Leaving Certificate Examination (including Day School Certificate (Higher) General paper), 1927
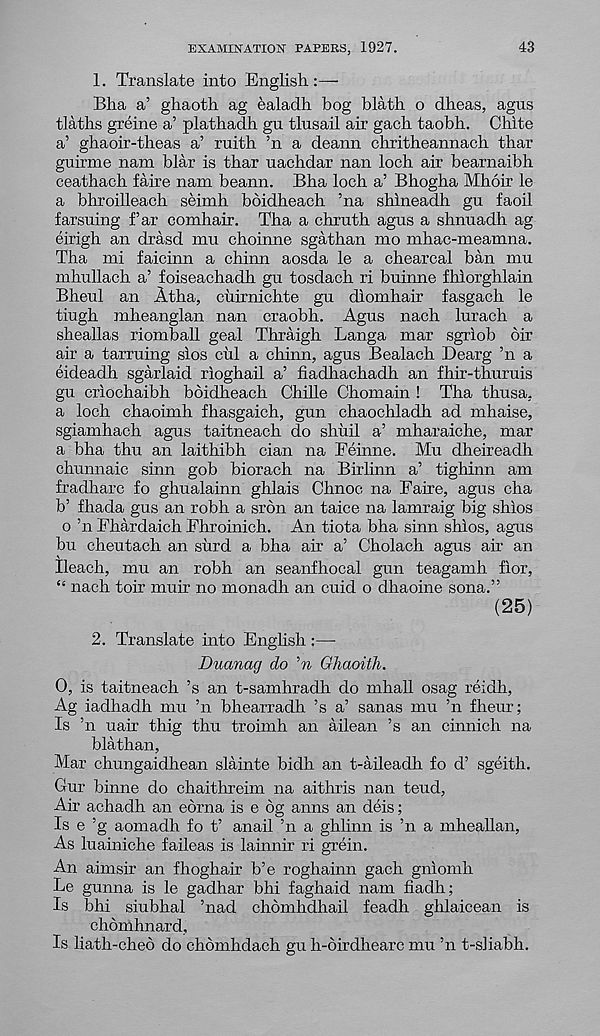
EXAMINATION PAPERS, 1927.
43
1. Translate into English:—
Bha a’ ghaoth ag ealadh bog blath o dheas, agus
tlaths greine a’ plathadh gu tlusail air gach taobh. Chite
a’ ghaoir-theas a’ ruith ’n a deann chritheannach tbar
guirme nam blar is thar uachdar nan loch air bearnaibh
ceathach faire nam beann. Bha loch a’ Bhogha Mhoir le
a bhroilleach seimh boidheach ’na shlneadh gu faoil
farsuing far comhair. Tha a chruth agus a shnuadh ag
eirigh an drasd mu choinne sgathan mo mhac-meamna.
Tha mi faicinn a chirm aosda le a chearcal ban mu
mhullach a’ foiseachadh gu tosdach ri buinne fhlorghlain
Bheul an Atha, ciiirnichte gu diomhair fasgach le
tiugh mheanglan nan craobh. Agus nach lurach a
sheallas riomball geal Thraigh Langa mar sgriob oir
air a tarruing sios cul a chinn, agus Bealach Dearg ’n a
eideadh sgarlaid rioghail a’ hadhachadh an fhir-thuruis
gu criochaibh bbidheach Cbille Chomain ! Tha thusa.
a loch chaoimh fhasgaich, gun chaochladh ad mhaise,
sgiamhach agus taitneach do shiiil a’ mharaiche, mar
a bha thu an laithibh cian na Feinne. Mu dheireadh
chunnaic shin gob biorach na Birlinn a’ tighinn am
fradharc fo ghualainn ghlais Chnoc na Eaire, agus cha
b’ fhada gus an robh a sron an taice na lamraig big shios
o ’n Fhardaich Ehroinich. An tiota bha sinn shios, agus
bu cheutach an surd a bha air a’ Cholach agus air an
Ileach, mu an robh an seanfhocal gun teagamh fior,
“ nach toir muir no monadh an cuid o dhaoine sona.”
(25)
2. Translate into English :—
Duanag do 'n Ghaoith.
0, is taitneach ’s an t-samhradh do mhall osag reidh,
Ag iadhadh mu ’n bhearradh ’s a’ sanas mu ’n fheur;
Is ’n uair thig thu troimh an ailean ’s an cinnich na
blathan,
Mar chungaidhean slainte bidh an t-aileadh fo d’ sgeith.
Gur binne do chaithreim na aithris nan tend,
Air achadh an ebrna is e 6g anns an deis;
Is e ’g aomadh fo t’ anail ’n a ghhnn is ’n a mheahan,
As luainiche faileas is lainnir ri grein.
An aimsir an fhoghair b’e roghainn gach gniomh
Le gunna is le gadhar bhi faghaid nam hadh;
Is bhi siubhal ’nad chbmhdhail feadh ghlaicean is
chdmhnard,
Is liath-cheo do chbmhdach gu h-birdhearc mu ’n t-sliabh.